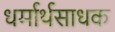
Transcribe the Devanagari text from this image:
धर्मार्थसाधक